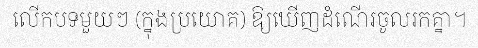
លើកបទមួយៗ (ក្នុងប្រយោគ) ឱ្យឃើញដំណើរចូលរកគ្នា។